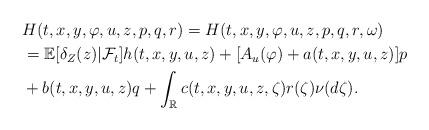
LaTeX: \begin{align*}&H(t,x,y,\varphi,u,z,p,q,r)=H(t,x,y,\varphi,u,z,p,q,r,\omega)\\&=\mathbb{E}[\delta_Z(z)|\mathcal{F}_t] h(t,x,y,u,z)+[A_u(\varphi)+a(t,x,y,u,z)]p\\& + b(t,x,y,u,z)q+\int_{\mathbb{R}}c(t,x,y,u,z,\zeta)r(\zeta)\nu(d\zeta).\end{align*}